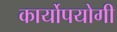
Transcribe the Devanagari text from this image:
कार्योपयोगी